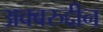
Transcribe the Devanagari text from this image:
अक्बरुद्दीन